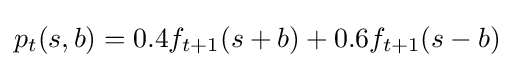
p_{t}(s,b)=0.4f_{t+1}(s+b)+0.6f_{t+1}(s-b)